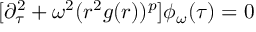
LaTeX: [ \partial _ { \tau } ^ { 2 } + \omega ^ { 2 } ( r ^ { 2 } g ( r ) ) ^ { p } ] \phi _ { \omega } ( \tau ) = 0